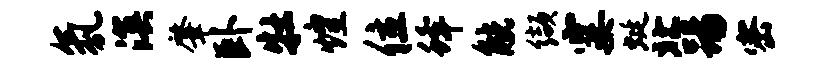
氛溟肇卧牡煌位蜂觥缬霎蜓北踢密